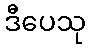
ဒီပေသု